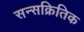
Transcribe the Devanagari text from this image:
सन्सक्रितिक